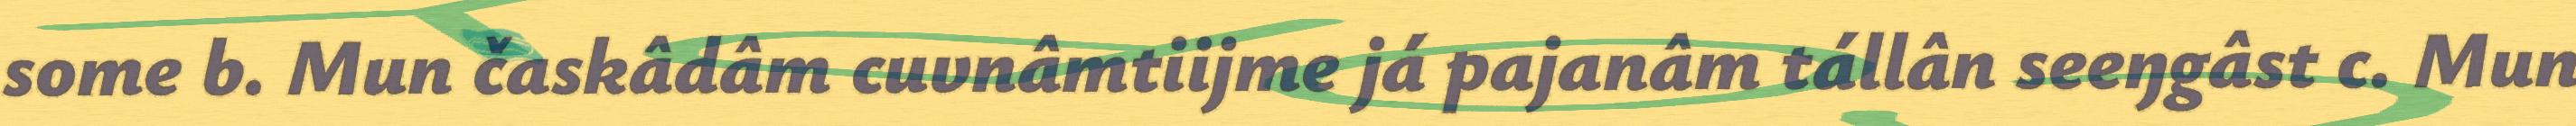
some b. Mun časkâdâm cuvnâmtiijme já pajanâm tállân seeŋgâst c. Mun